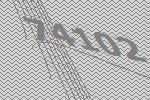
74102